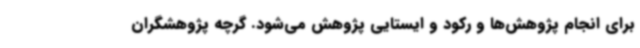
برای انجام پژوهش‌ها و رکود و ایستایی پژوهش می‌شود. گرچه پژوهشگران